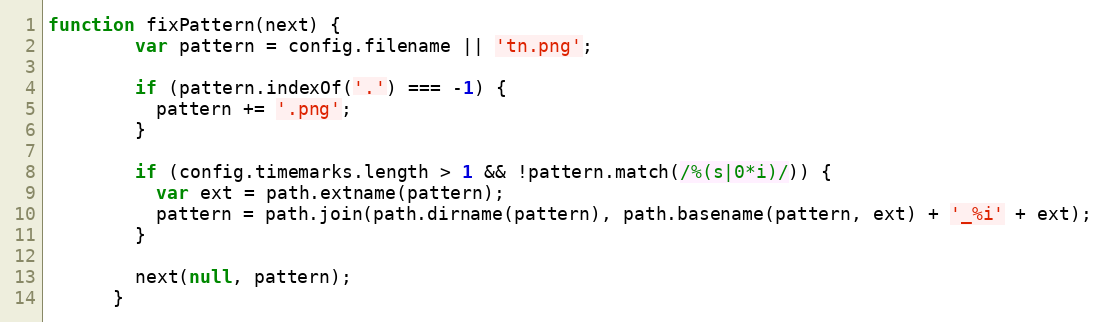
Language: JavaScript
function fixPattern(next) {
        var pattern = config.filename || 'tn.png';

        if (pattern.indexOf('.') === -1) {
          pattern += '.png';
        }

        if (config.timemarks.length > 1 && !pattern.match(/%(s|0*i)/)) {
          var ext = path.extname(pattern);
          pattern = path.join(path.dirname(pattern), path.basename(pattern, ext) + '_%i' + ext);
        }

        next(null, pattern);
      }